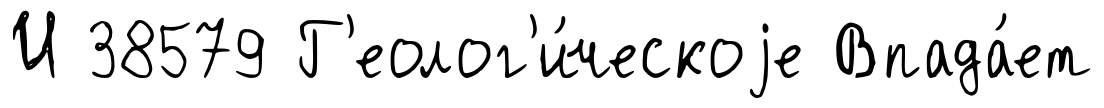
И 38579 Г'еолог'и́ческоjе Впада́ет